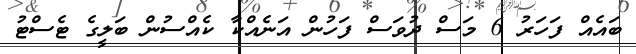
ބައެއް ފަހަރު 6 މަސް ދުވަސް ފަހުން އަނެއްކާ ކެއްސުން ބަލީގެ ޓެސްޓު